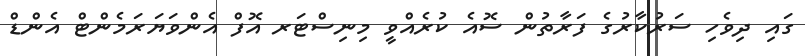
ގައި ދިވެހި ސަރުކާރުގެ ފަރާތުން ސޮއެ ކުރެއްވީ މިނިސްޓަރ އޮފް އެންވަޔަރަމެންޓް އެންޑް